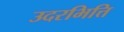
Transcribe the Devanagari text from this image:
उदरभित्ति